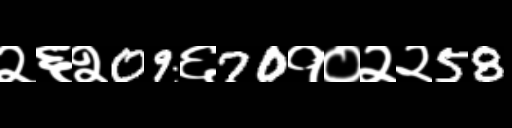
Text: २६२09६70१०२२58